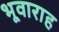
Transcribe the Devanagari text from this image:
भूवाराह